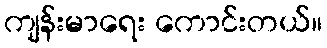
ကျန်းမာရေး ကောင်းတယ်။